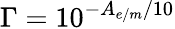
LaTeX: \Gamma=10^{-A_{e/m}/10}